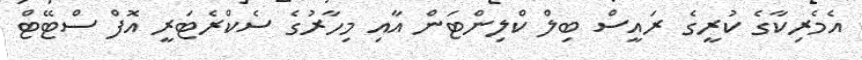
އެމެރިކާގެ ކުރީގެ ރައީސް ބިލް ކްލިންޓަން އާއި މިހާރުގެ ސެކްރެޓަރީ އޮފް ސްޓޭޓް